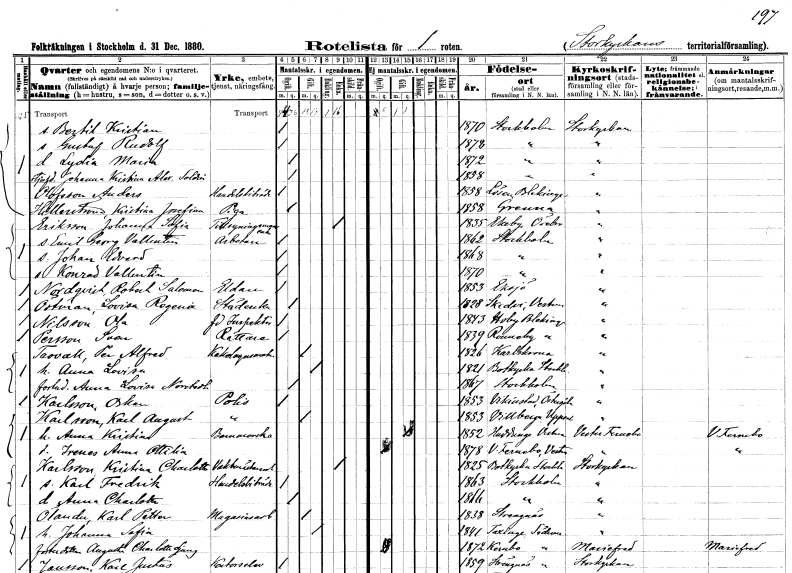
gt_parse: households: individuals: FN: Bertil Kristian
KON: M
CIV: O
FODAR: 1870
FODFORS: Stockholm
FN: Gustaf Rudolf
KON: M
CIV: O
FODAR: 1878
FODFORS: Stockholm
FN: Lydia Maria
KON: K
CIV: O
FODAR: 1872
FODFORS: Stockholm
FN: Johanna Kristina Alexandra
EN: Soldin
KON: K
CIV: O
FODAR: 1858
FODFORS: Stockholm
FN: Anders
EN: Olofsson
YRKE: Handelsbiträde
KON: M
CIV: O
FODAR: 1858
FODFORS: Lösen Blekinge län
FN: Kristina Josefina
EN: Hillerström
YRKE: Piga
KON: K
CIV: O
FODAR: 1858
FODFORS: Gränna Jönköpings län
FN: Johanna Sofia
EN: Eriksson
YRKE: Tillsyningsmansänka
KON: K
CIV: E
FODAR: 1835
FODFORS: Ekeby Örebro län
FN: Emil Georg Vallentin
YRKE: Arbetare
KON: M
CIV: O
FODAR: 1862
FODFORS: Stockholm
FN: Johan Edvard
KON: M
CIV: O
FODAR: 1868
FODFORS: Stockholm
FN: Konrad Vallentin
KON: M
CIV: O
FODAR: 1870
FODFORS: Stockholm
FN: Robert Salomon
EN: Nordqvist
YRKE: Eldare
KON: M
CIV: O
FODAR: 1853
FODFORS: Eksjö Jönköpings län
FN: Lovisa Regina
EN: Östman
YRKE: Städerska
KON: K
CIV: O
FODAR: 1828
FODFORS: Skedvi Västmanlands län
FN: Ola
EN: Nilsson
YRKE: Inspektor f.d.
KON: M
CIV: O
FODAR: 1843
FODFORS: Hoby Blekinge län
FN: Sven
EN: Persson
YRKE: Rättare
KON: M
CIV: O
FODAR: 1839
FODFORS: Ronneby Blekinge län
FN: Per Alfred
EN: Trovall
YRKE: Kakelugnsmakare
KON: M
CIV: G
FODAR: 1826
FODFORS: Karlskrona Blekinge län
FN: Anna Lovisa
KON: K
CIV: G
FODAR: 1821
FODFORS: Botkyrka Stockholms län
FN: Anna Lovisa
EN: Norstedt
KON: K
CIV: O
FODAR: 1867
FODFORS: Stockholm
FN: Oskar
EN: Karlsson
YRKE: Polis
KON: M
CIV: O
FODAR: 1853
FODFORS: Vikingstad Östergötlands län
FN: Karl August
EN: Karlsson
YRKE: Polis
KON: M
CIV: G
FODAR: 1853
FODFORS: Villberga Uppsala län
FN: Anna Kristina
YRKE: Barnmorska
KON: K
CIV: G
FODAR: 1852
FODFORS: Huddunge Västmanlands län
FN: Irenes Anna Ottilia
KON: K
CIV: O
FODAR: 1878
FODFORS: Västerfärnebo Västmanlands län
FN: Kristina Charlotta
EN: Karlsson
YRKE: Vaktmästareänka
KON: K
CIV: E
FODAR: 1825
FODFORS: Botkyrka Stockholms län
FN: Karl Fredrik
YRKE: Handelsbiträde
KON: M
CIV: O
FODAR: 1825
FODFORS: Stockholm
FN: Anna Charlotta
KON: K
CIV: O
FODAR: 1866
FODFORS: Stockholm